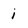
Character: i